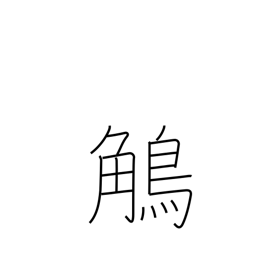
Meaning: grosbeak